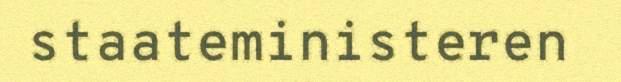
staateministeren